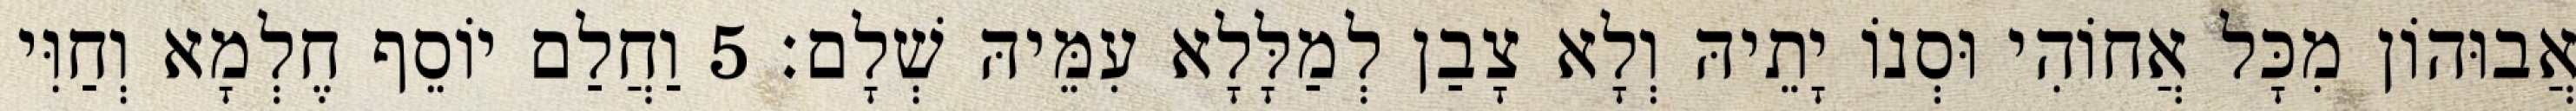
אֲבוּהוֹן מִכָּל אֲחוֹהִי וּסְנוֹ יָתֵיהּ וְלָא צָבַן לְמַלָּלָא עִמֵּיהּ שְׁלָם׃ 5 וַחֲלַם יוֹסֵף חֶלְמָא וְחַוִּי